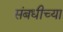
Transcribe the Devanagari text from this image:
संबधीच्या